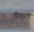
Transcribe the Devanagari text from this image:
प्रितमा